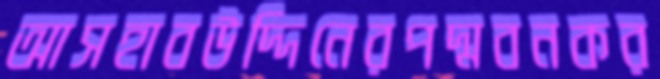
আসহাবউদ্দিনেরপদ্মবনকর